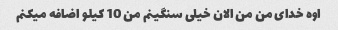
اوه خدای من من الان خیلی سنگینم من 10 کیلو اضافه میکنم